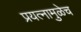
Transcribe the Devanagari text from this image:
प्रयत्नामुळेच